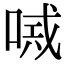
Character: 𠸴